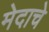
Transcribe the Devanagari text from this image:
मेदाचे